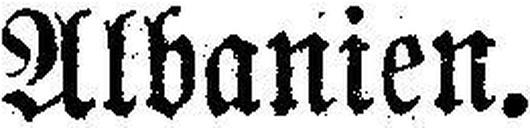
Albanien.